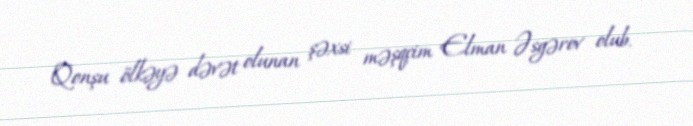
"Qonşu ölkəyə dəvət olunan şəxsi məşqçim Elman Əsgərov olub.